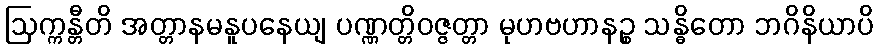
ဩက္ကန္တီတိ အတ္တာနမနူပနေယျ ပဏ္ဏတ္တိဝဇ္ဇတ္တာ မုဟဗဟာနဉ္စ သန္ဓိတော ဘဂိနိယာပိ